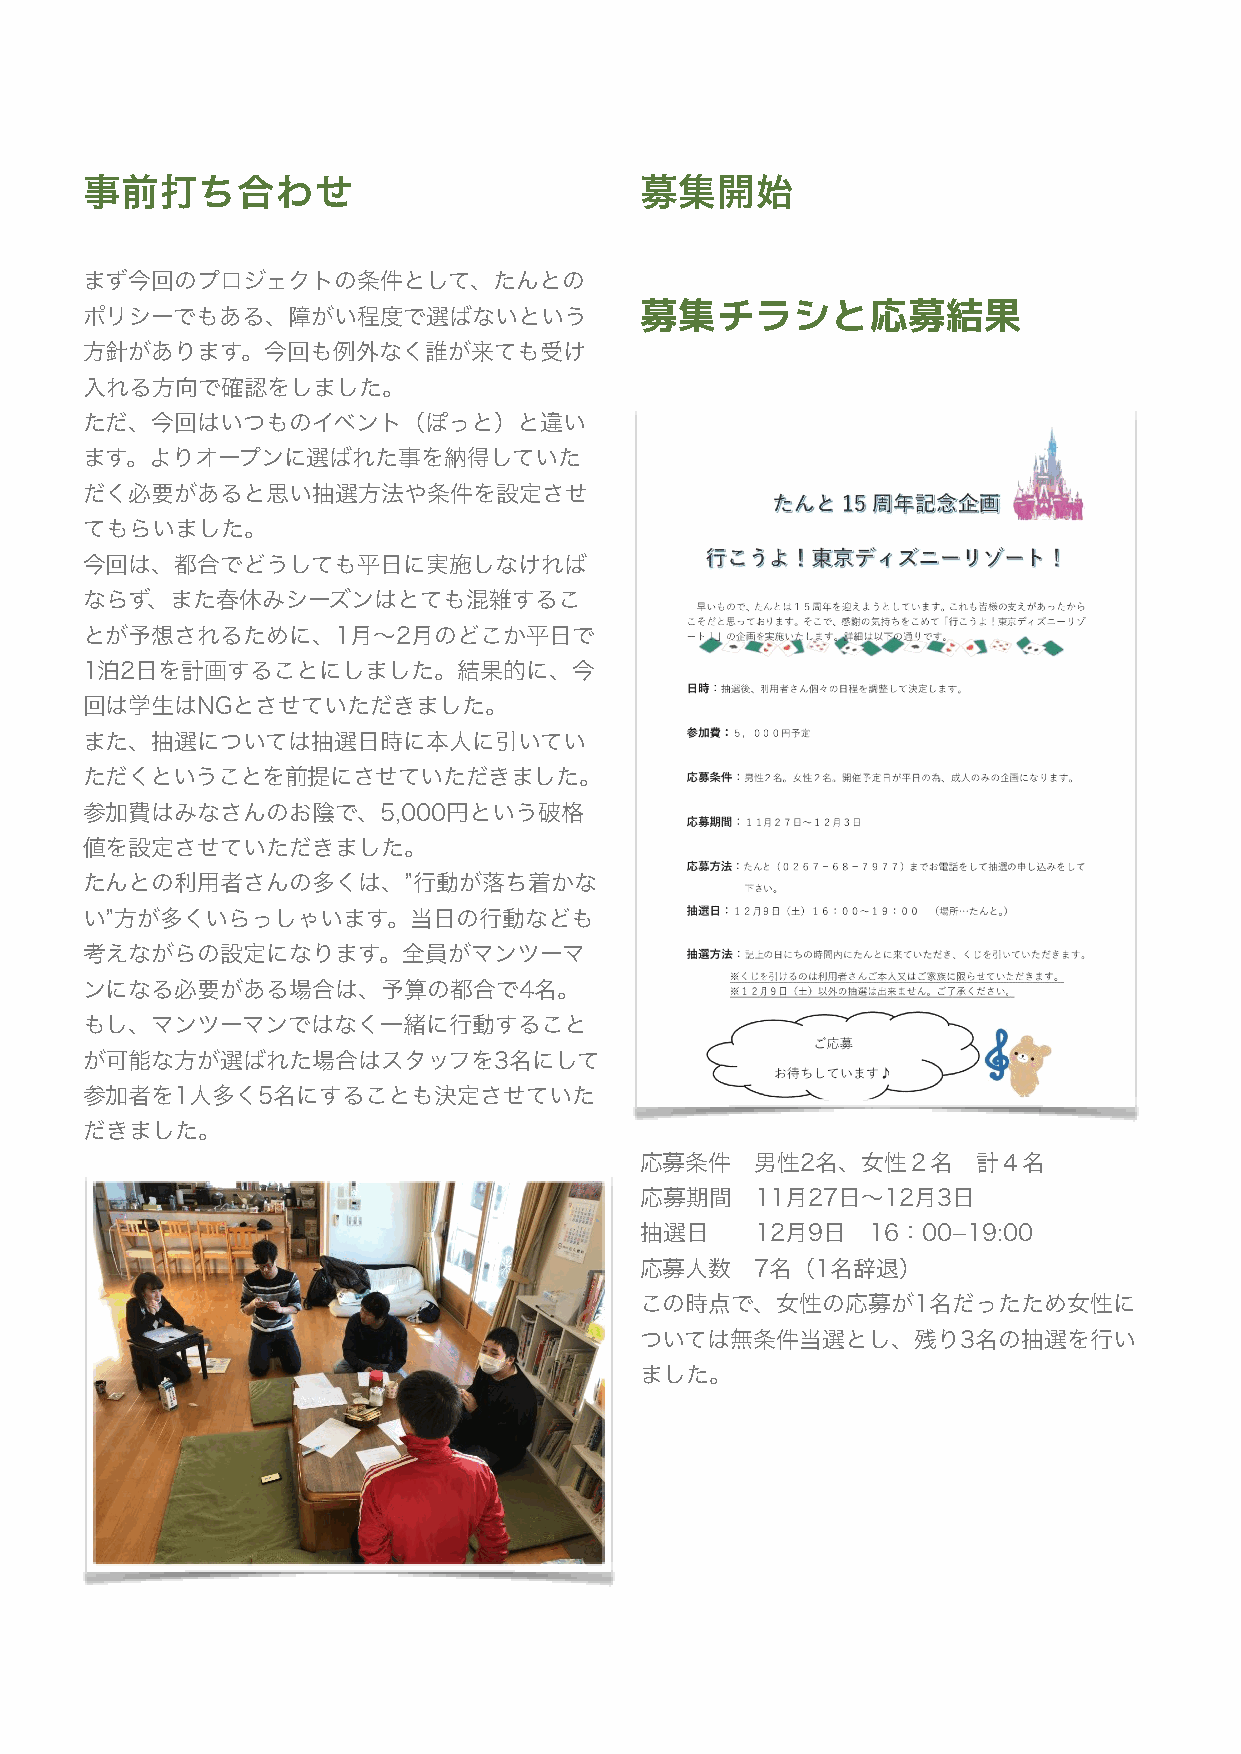
事前打ち合わせ                             募集開始
 まず今回のプロジェクトの条件として、たんとの
 ポリシーでもある、障がい程度で選ばないという              募集チラシと応募結果
 方針があります。今回も例外なく誰が来ても受け
 入れる方向で確認をしました。
 ただ、今回はいつものイベント（ぽっと）と違い
 ます。よりオープンに選ばれた事を納得していた
 だく必要があると思い抽選方法や条件を設定させ
 てもらいました。
 今回は、都合でどうしても平日に実施しなければ
 ならず、また春休みシーズンはとても混雑するこ
 とが予想されるために、1月〜2月のどこか平日で
 1泊2日を計画することにしました。結果的に、今
 回は学生はNGとさせていただきました。
 また、抽選については抽選日時に本人に引いてい
 ただくということを前提にさせていただきました。
 参加費はみなさんのお陰で、5,000円という破格
 値を設定させていただきました。
 たんとの利用者さんの多くは、”行動が落ち着かな
 い”方が多くいらっしゃいます。当日の行動なども
 考えながらの設定になります。全員がマンツーマ
 ンになる必要がある場合は、予算の都合で4名。
 もし、マンツーマンではなく一緒に行動すること
 が可能な方が選ばれた場合はスタッフを3名にして
 参加者を1人多く5名にすることも決定させていた
 だきました。
 応募条件    男性2名、女性２名      計４名
 応募期間    11月27日〜12月3日
 抽選日     12月9日  16：00­19:00
 応募人数    7名（1名辞退）
 この時点で、女性の応募が1名だったため女性に
 ついては無条件当選とし、残り3名の抽選を行い
 ました。